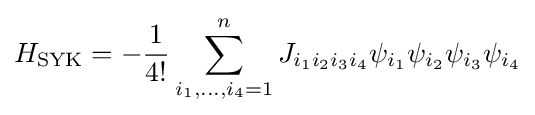
H_{\rm {SYK}}=-{\frac {1}{4!}}\sum _{i_{1},\dotsc ,i_{4}=1}^{n}J_{i_{1}i_{2}i_{3}i_{4}}\psi _{i_{1}}\psi _{i_{2}}\psi _{i_{3}}\psi _{i_{4}}